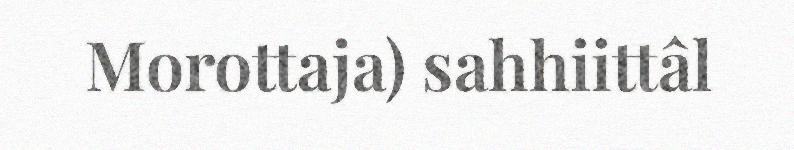
Morottaja) sahhiittâl